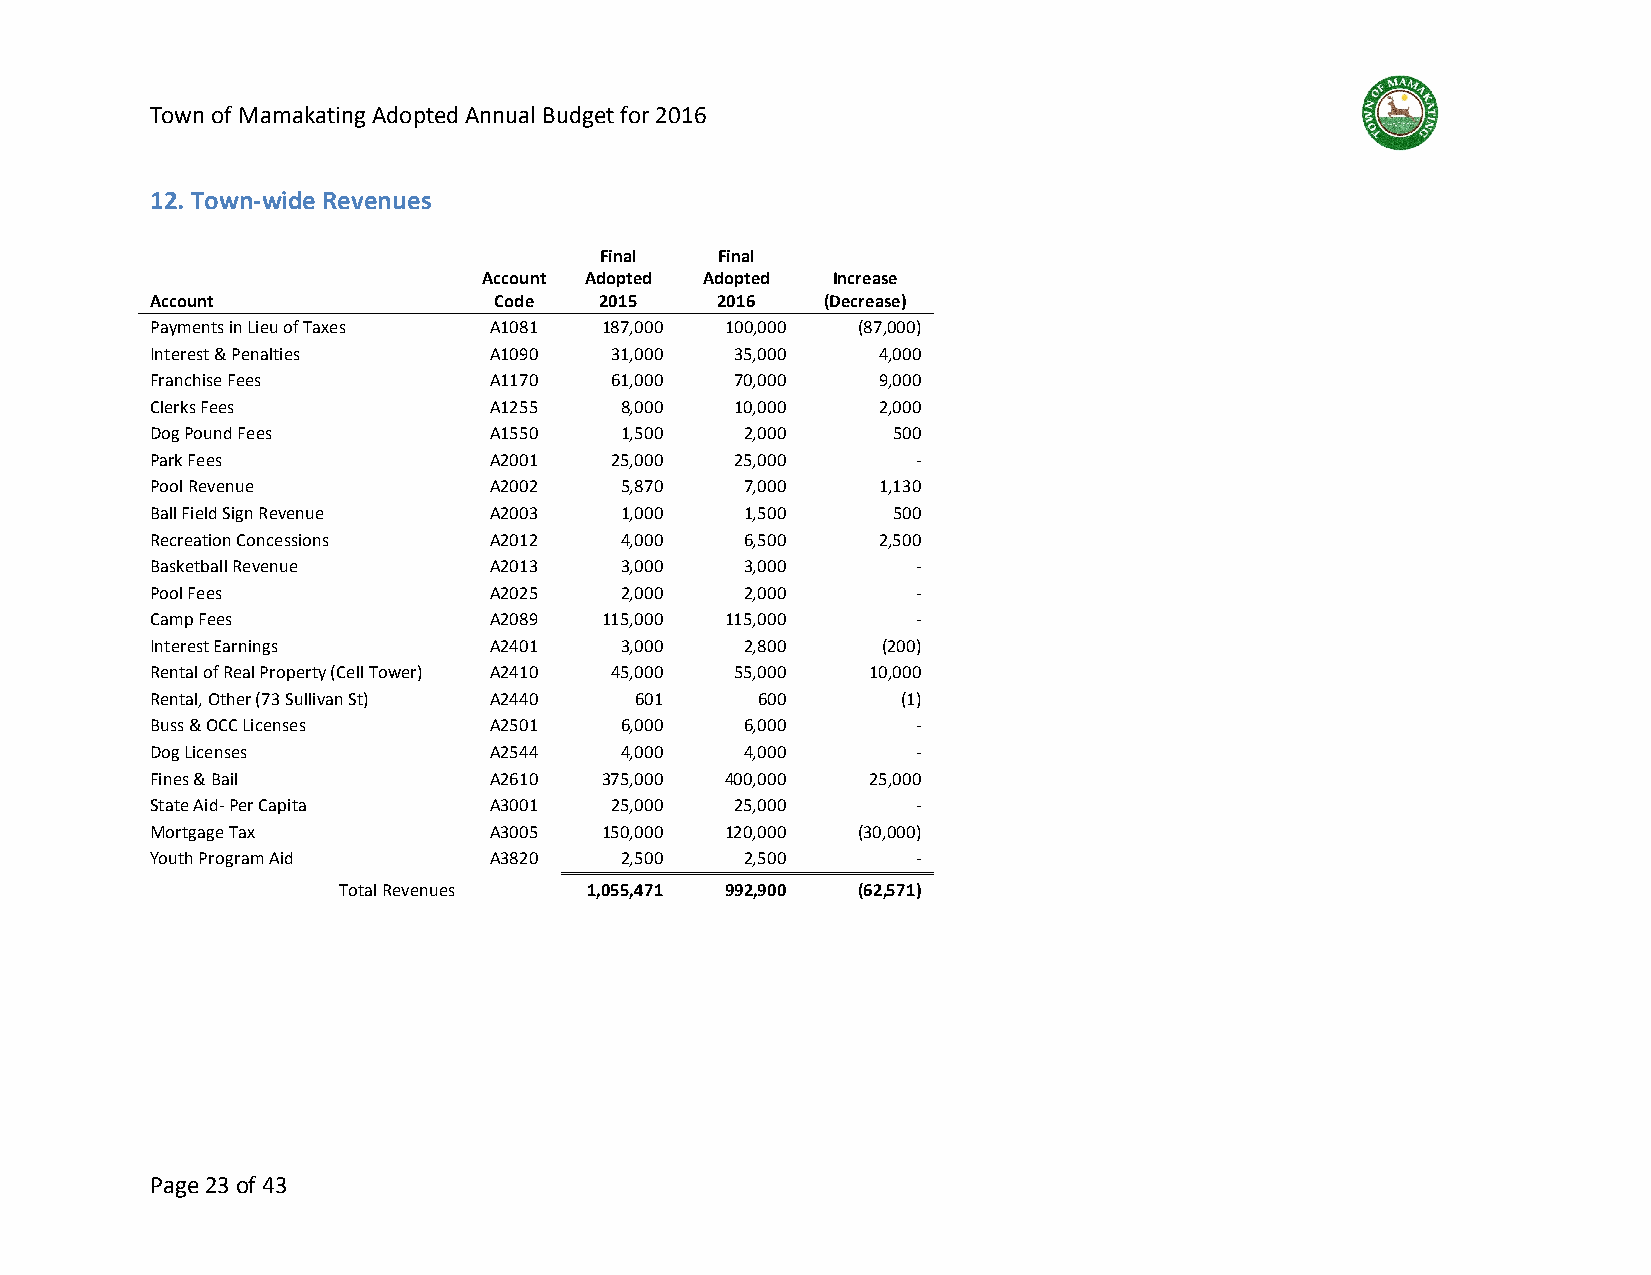
Town of Mamakating Adopted Annual Budget for 2016
 12. Town-wide Revenues
 Final  Final
 Account Adopted Adopted Increase
 Account                Code   2015   2016   (Decrease)
 Payments in Lieu of Taxes A1081 187,000 100,000 (87,000)
 Interest & Penalties  A1090   31,000   35,000   4,000
 Franchise Fees        A1170   61,000   70,000   9,000
 Clerks Fees           A1255    8,000   10,000   2,000
 Dog Pound Fees        A1550    1,500   2,000     500
 Park Fees             A2001   25,000   25,000      -
 Pool Revenue          A2002    5,870   7,000    1,130
 Ball Field Sign Revenue A2003  1,000   1,500     500
 Recreation Concessions A2012   4,000   6,500    2,500
 Basketball Revenue    A2013    3,000   3,000       -
 Pool Fees             A2025    2,000   2,000       -
 Camp Fees             A2089   115,000 115,000      -
 Interest Earnings     A2401    3,000   2,800    (200)
 Rental of Real Property (Cell Tower) A2410 45,000 55,000 10,000
 Rental, Other (73 Sullivan St) A2440 601 600      (1)
 Buss & OCC Licenses   A2501    6,000   6,000       -
 Dog Licenses          A2544    4,000   4,000       -
 Fines & Bail          A2610   375,000 400,000   25,000
 State Aid- Per Capita A3001   25,000   25,000      -
 Mortgage Tax          A3005   150,000 120,000  (30,000)
 Youth Program Aid     A3820    2,500   2,500       -
 Total Revenues   1,055,471 992,900 (62,571)
 Page 23 of 43